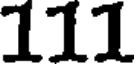
111